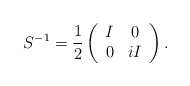
\begin{align*}S^{-1} = \frac{1}{2} \left( \begin{array}{cc} I & 0 \\ 0 & iI \end{array} \right) .\end{align*}